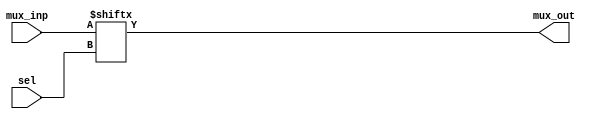
`timescale 1ns / 1ps
//------------------------------------------------------------------------------
// Release Date  : 25_07_2022
// Design Name   : FPGA CLB Resources
// Release       : 0.3 
// Module Name   : mux_16to1.v
// Target Devices: Xilinx 7 series FPGA
// Tool versions : VIVADO 2020.1
// Description   : 16 to 1 Multiplexer		   
//------------------------------------------------------------------------------
// DESIGN HIERARCHY 
// - No - Basic Module
//------------------------------------------------------------------------------
//------------------------------------------------------------------------------
// MODULE DECLARATION 
//------------------------------------------------------------------------------  
  module mux_16to1 
  (
//------------------------------------------------------------------------------
// INPUT DECLARATION
//------------------------------------------------------------------------------ 
    input [ 15:0] mux_inp	,	// multiplex inputs declaration   
    input [  3:0]     sel	,	// select inputs declaration
//------------------------------------------------------------------------------
// OUTPUT DECLARATION
//------------------------------------------------------------------------------
    output 	 mux_out		// multiplex output declaration 
  ); 
//------------------------------------------------------------------------------
// DATAFLOW MODELING - MUX LOGIC
//------------------------------------------------------------------------------
  assign mux_out = mux_inp[sel] ;   

endmodule